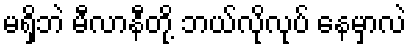
မရှိဘဲ မီလာနီတို့ ဘယ်လိုလုပ် နေမှာလဲ